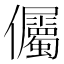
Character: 𭀔